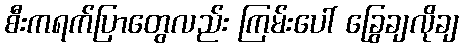
စီးကရက်ပြာတွေလည်း ကြမ်းပေါ် ခြွေချလိုချ